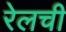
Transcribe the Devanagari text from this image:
रेलची